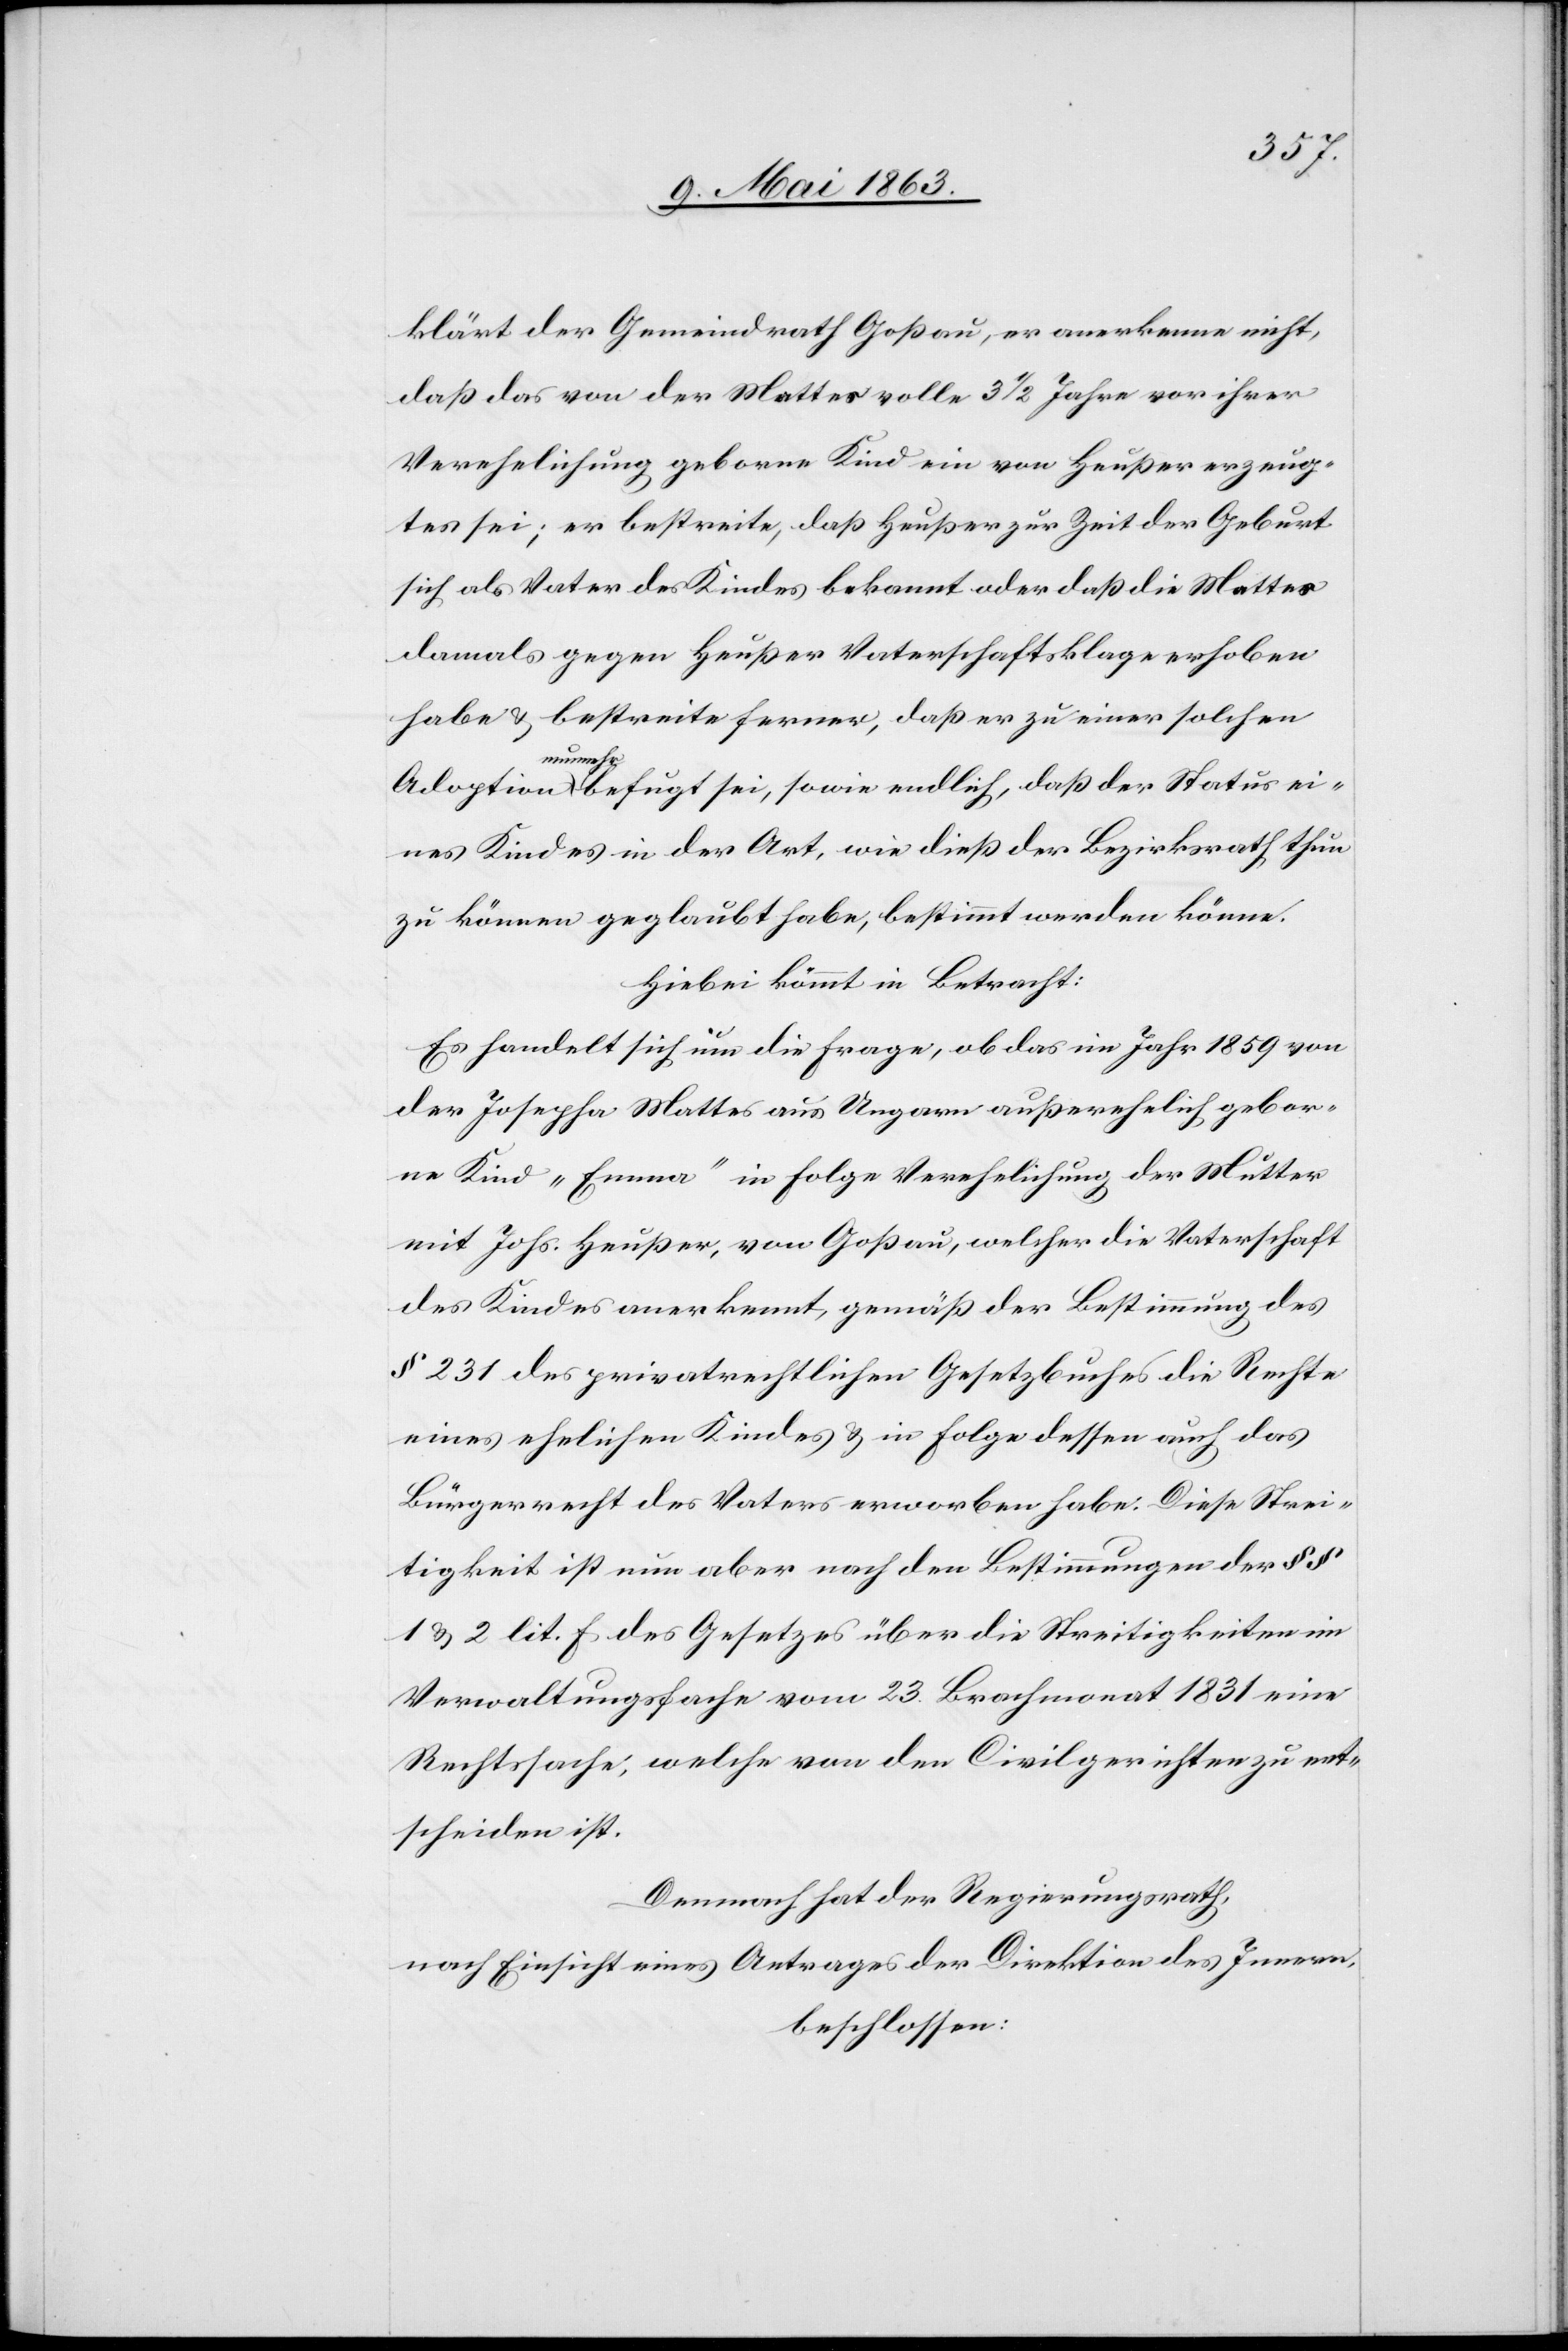
klärt der Gemeindrath Goßau, er anerkenne nicht,
daß das von der Mattes volle 3 1/2 Jahre vor ihrer
Verehelichung geborne Kind ein von Heußer erzeug¬
tes sei; er bestreite, daß Heußer zur Zeit der Geburt
sich als Vater des Kindes bekannt oder das die Mattes
damals gegen Heußer Vaterschaftsklage erhoben
habe & bestreite ferner, daß er zu einer solchen
a-nunmehr-a
eines Kindes in der Art, wie dieß der Bezirksrath thun
zu können geglaubt habe, bestimmt werden könne.
Hiebei kömmt in Betracht:
Es handelt sich um die Frage, ob das im Jahr 1859 von
der Josepha Mattes aus Ungarn außerehelich gebor¬
ne Kind „Emma“ in Folge Verehelichung der Mutter
mit Johs. Heußer, von Goßau, welcher die Vaterschaft
des Kindes anerkannt, gemäß der Bestimmung des
§ 231 des privatrechtlichen Gesetzbuches die Rechte
eines ehelichen Kindes & in Folge dessen auch das
Bürgerrecht des Vaters erworben habe. Diese Strei¬
tigkeit ist nun aber nach den Bestimmungen der §§
1 & 2 lit. f des Gesetzes über die Streitigkeiten im
Verwaltungsfache vom 23. Brachmonat 1831 eine
Rechtssache, welche von den Civilgerichten zu ent¬
scheiden ist.
Demnach hat der Regierungsrath,
nach Einsicht eines Antrages der Direktion des Innern,
beschlossen: